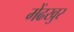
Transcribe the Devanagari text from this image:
मेंढखुर